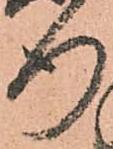
行